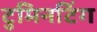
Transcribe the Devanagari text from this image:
टुमिनटिंग